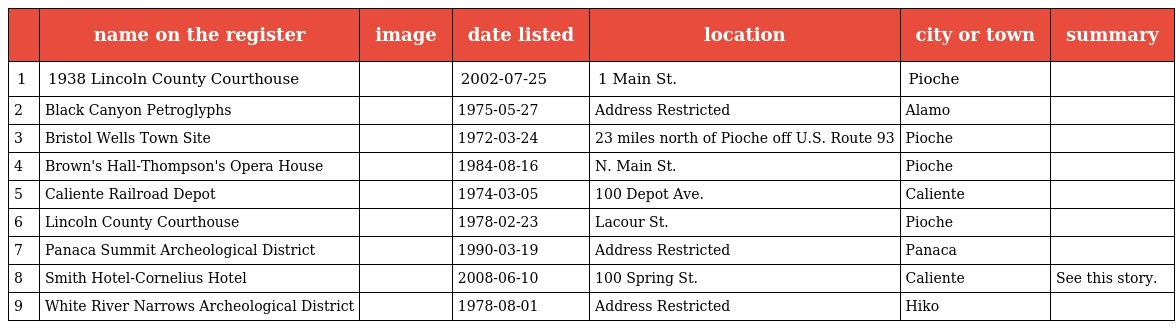
|  | name on the register | image | date listed | location | city or town | summary |
 | --- | --- | --- | --- | --- | --- | --- |
 | 1 | 1938 Lincoln County Courthouse |  | 2002-07-25 | 1 Main St. | Pioche |  |
 | 2 | Black Canyon Petroglyphs |  | 1975-05-27 | Address Restricted | Alamo |  |
 | 3 | Bristol Wells Town Site |  | 1972-03-24 | 23 miles north of Pioche off U.S. Route 93 | Pioche |  |
 | 4 | Brown's Hall-Thompson's Opera House |  | 1984-08-16 | N. Main St. | Pioche |  |
 | 5 | Caliente Railroad Depot |  | 1974-03-05 | 100 Depot Ave. | Caliente |  |
 | 6 | Lincoln County Courthouse |  | 1978-02-23 | Lacour St. | Pioche |  |
 | 7 | Panaca Summit Archeological District |  | 1990-03-19 | Address Restricted | Panaca |  |
 | 8 | Smith Hotel-Cornelius Hotel |  | 2008-06-10 | 100 Spring St. | Caliente | See this story. |
 | 9 | White River Narrows Archeological District |  | 1978-08-01 | Address Restricted | Hiko |  |